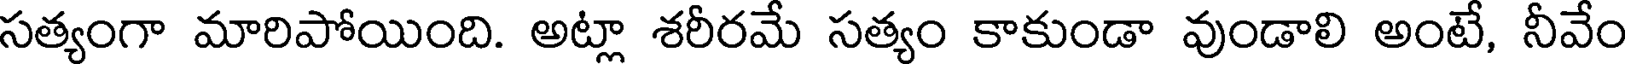
సత్యంగా మారిపోయింది. అట్లా శరీరమే సత్యం కాకుండా వుండాలి అంటే, నీవేం